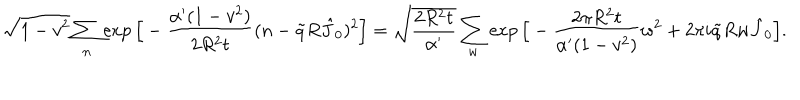
\sqrt { 1 - v ^ { 2 } } \sum _ { n } \exp \Big [ - \frac { \alpha ^ { \prime } ( 1 - v ^ { 2 } ) } { 2 R ^ { 2 } t } ( n - \tilde { q } R \hat { J } _ { 0 } ) ^ { 2 } \Big ] = \sqrt { \frac { 2 R ^ { 2 } t } { \alpha ^ { \prime } } } \sum _ { w } \exp \Big [ - \frac { 2 \pi R ^ { 2 } t } { \alpha ^ { \prime } ( 1 - v ^ { 2 } ) } w ^ { 2 } + 2 \pi i \tilde { q } R w \hat { J } _ { 0 } \Big ] .